Indian journal of veterinary science and animal husbandry - Volume 3,
Year: 1933
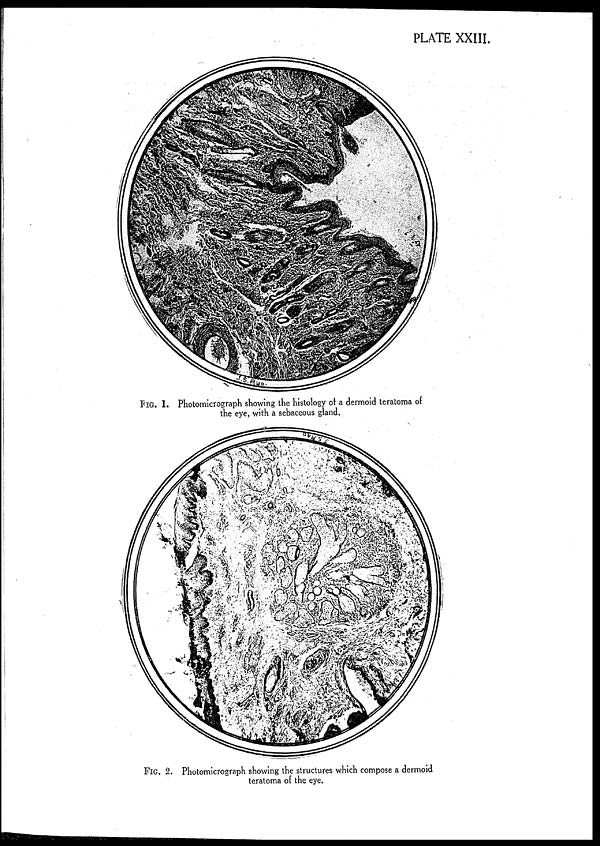
PLATE XXIII.
FIG. 1. Photomicrograph showing the histology of a dermoid teratoma of
the eye, with a sebaceous gland.
FIG. 2. Photomicrograph showing the structures which compose a dermoid
teratoma of the eye.